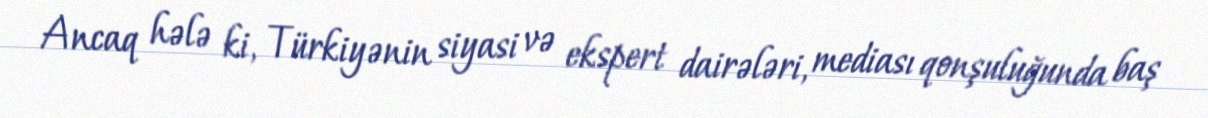
Ancaq hələ ki, Türkiyənin siyasi və ekspert dairələri, mediası qonşuluğunda baş